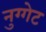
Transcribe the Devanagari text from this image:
नुग्गेट